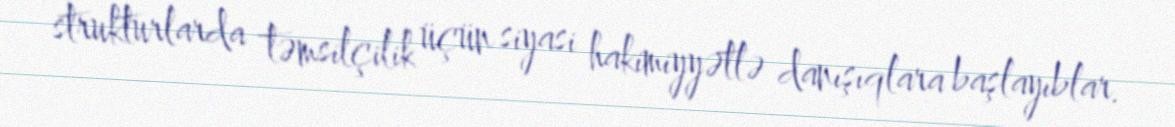
strukturlarda təmsilçilik üçün siyasi hakimiyyətlə danışıqlara başlayıblar.